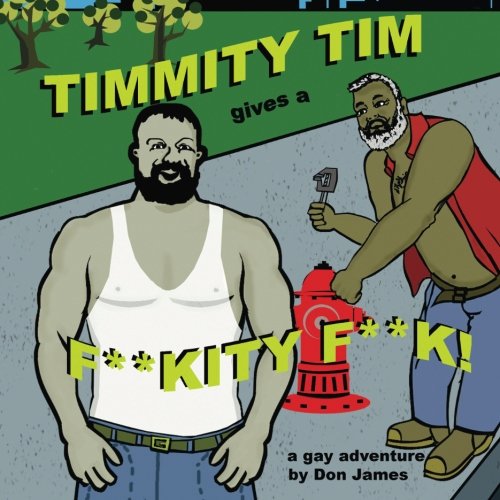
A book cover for Timmity Tim Gives a F**kity F**k: A gay adventure; Don James; Comics & Graphic Novels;